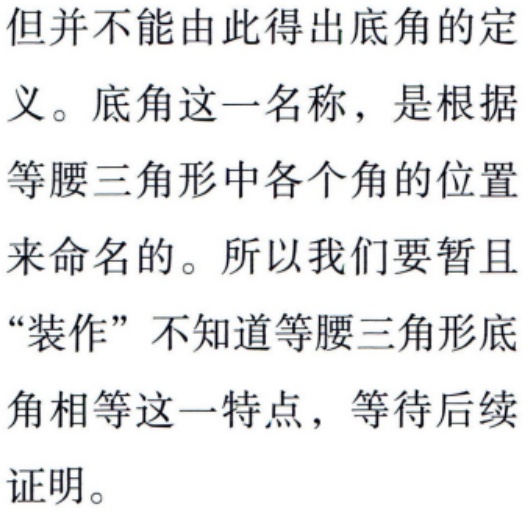
但并不能由此得出底角的定
义。底角这一名称，是根据
等腰三角形中各个角的位置
来命名的。所以我们要暂且
“装作” 不知道等腰三角形底
角相等这一特点，等待后续
证明。